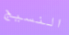
النسيج